Juri_Uluots, lk 58
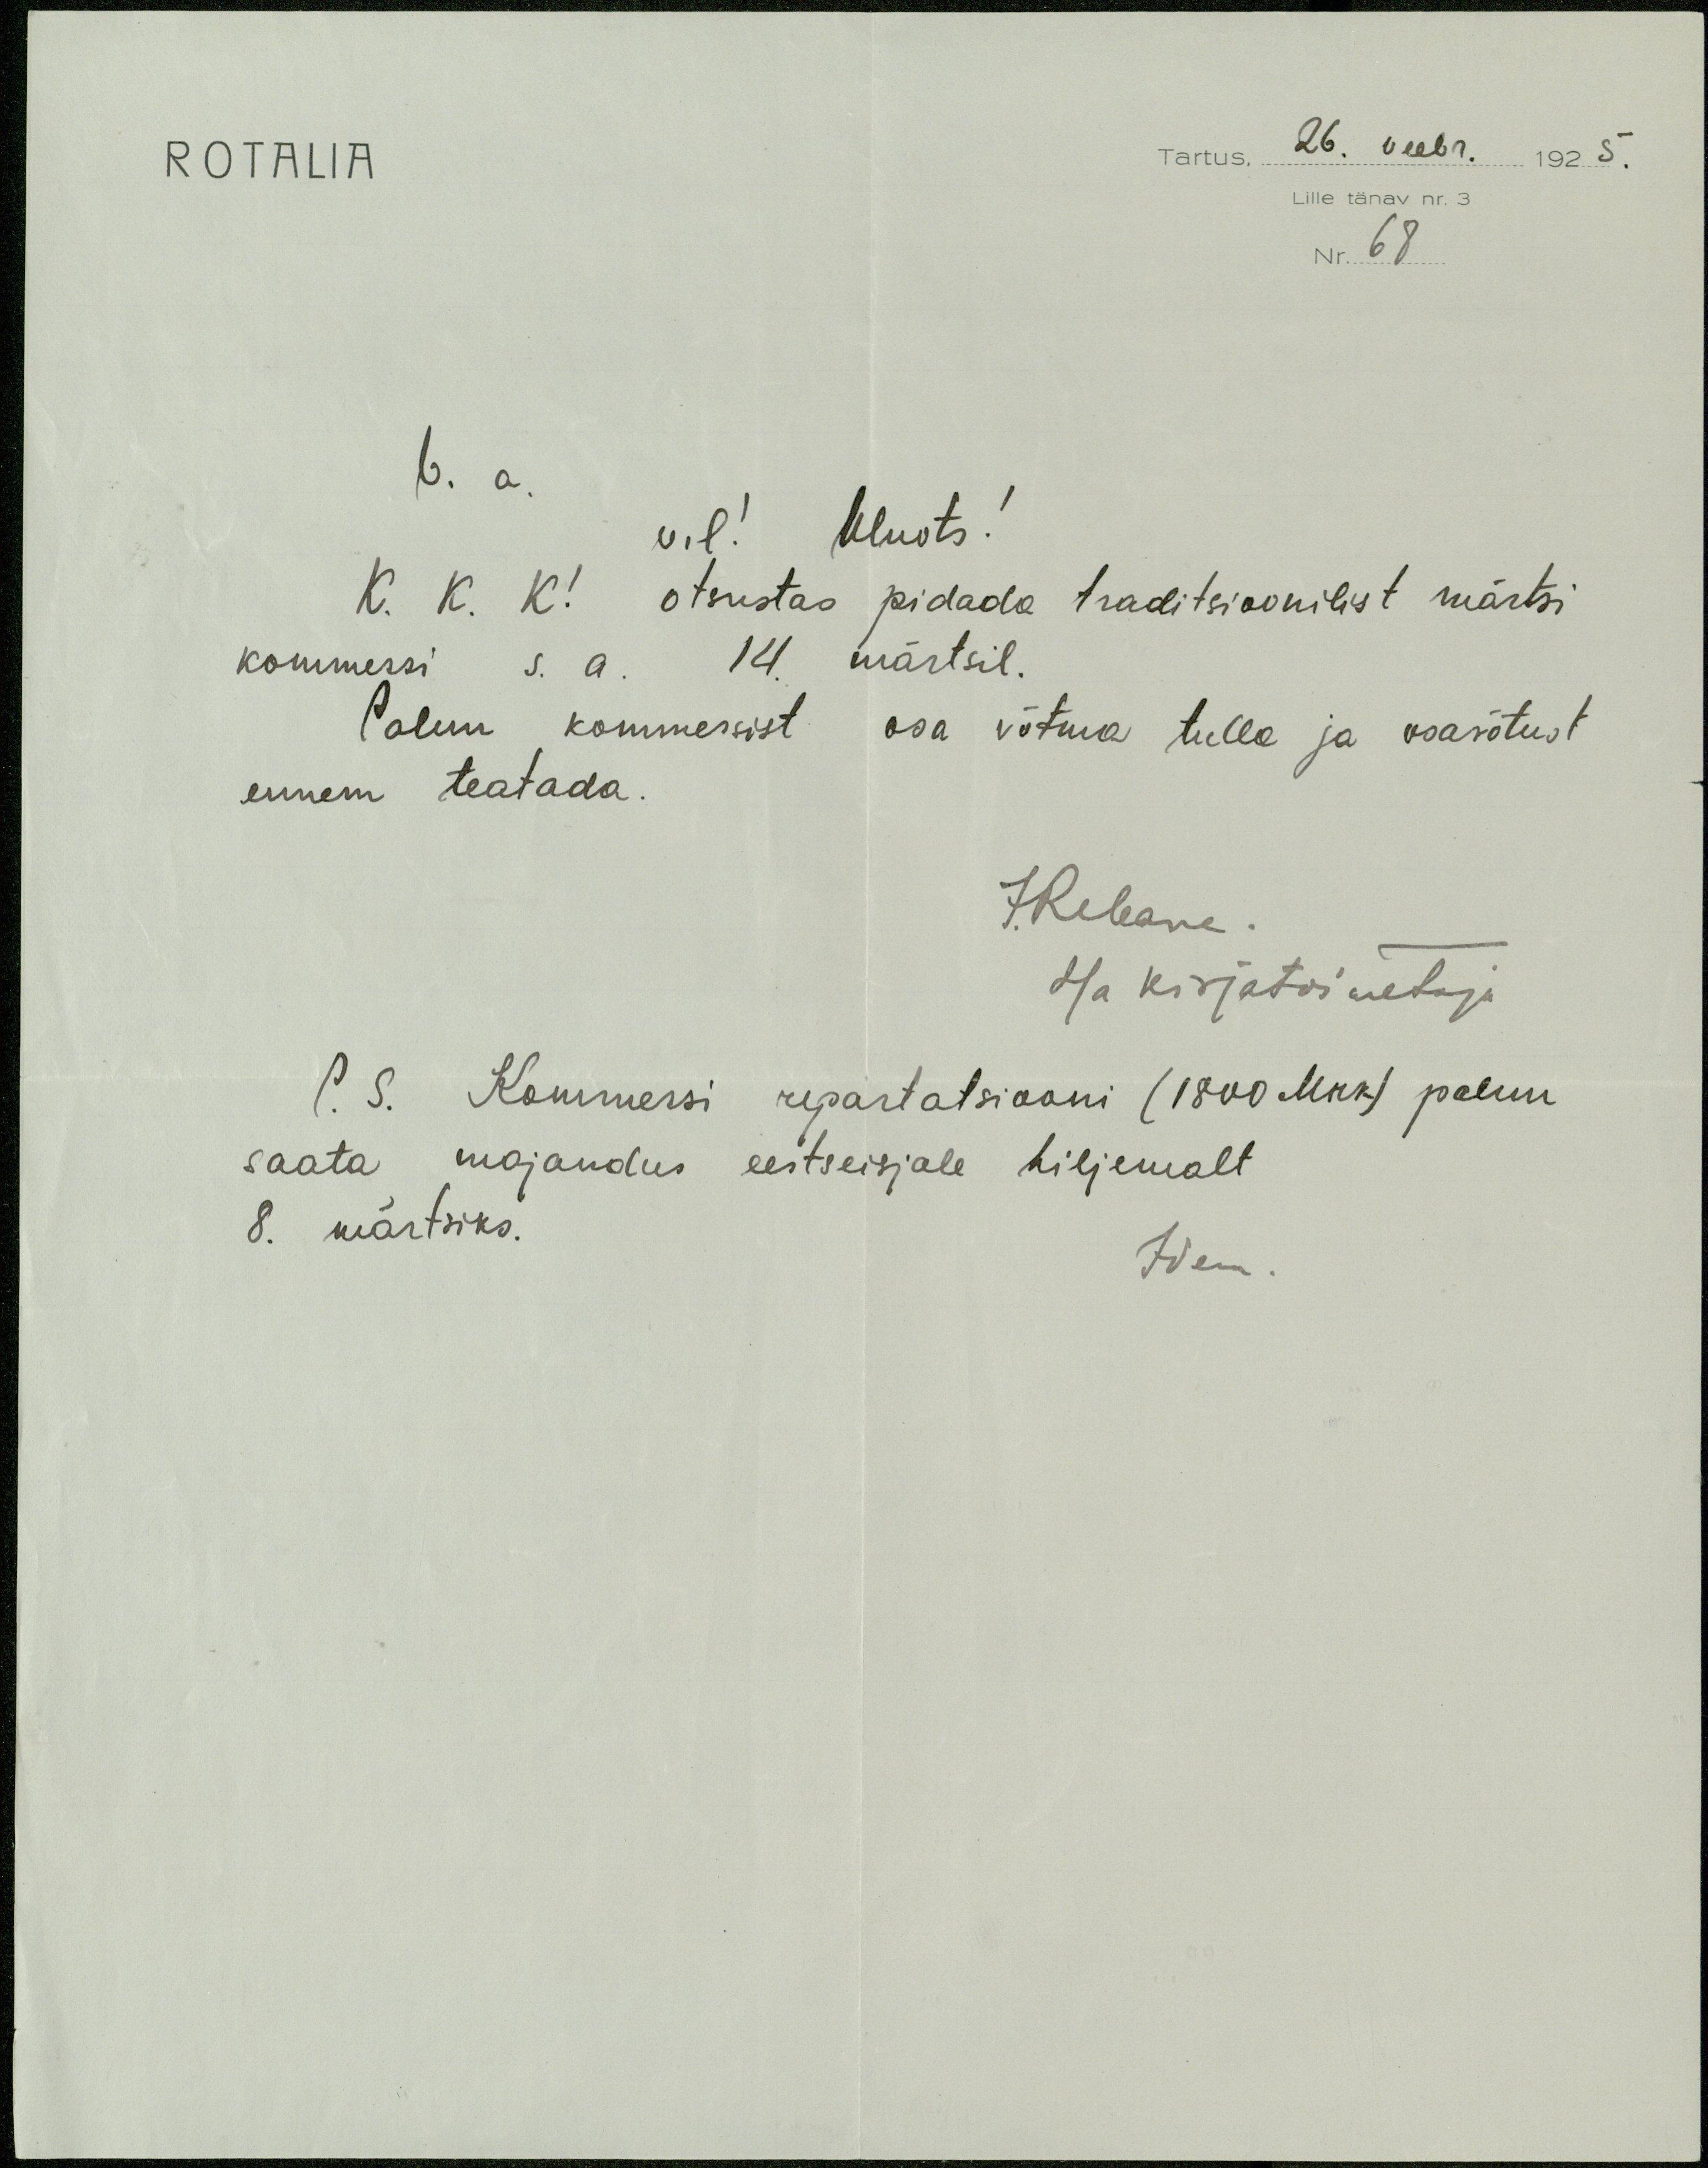
ROTALIA
Tartus, 26. veebr. 1925.
Lille tänav nr. 3
Nr. 68
V. a. vil! Uluots!
K. K. K! otsustas pidada traditsioonilist märtsi
kommersi s. a. 14. märtsil.
Palun kommersist osa võtma tulla ja osavõtust
ennem teatada.
J. Rebane
Ha kirjatoimetaja
P. S. Kommersi repartatsiooni (1800 Mrk) palun
saata majandus eestseisjale hiljemalt
8. märtsiks.
Idem